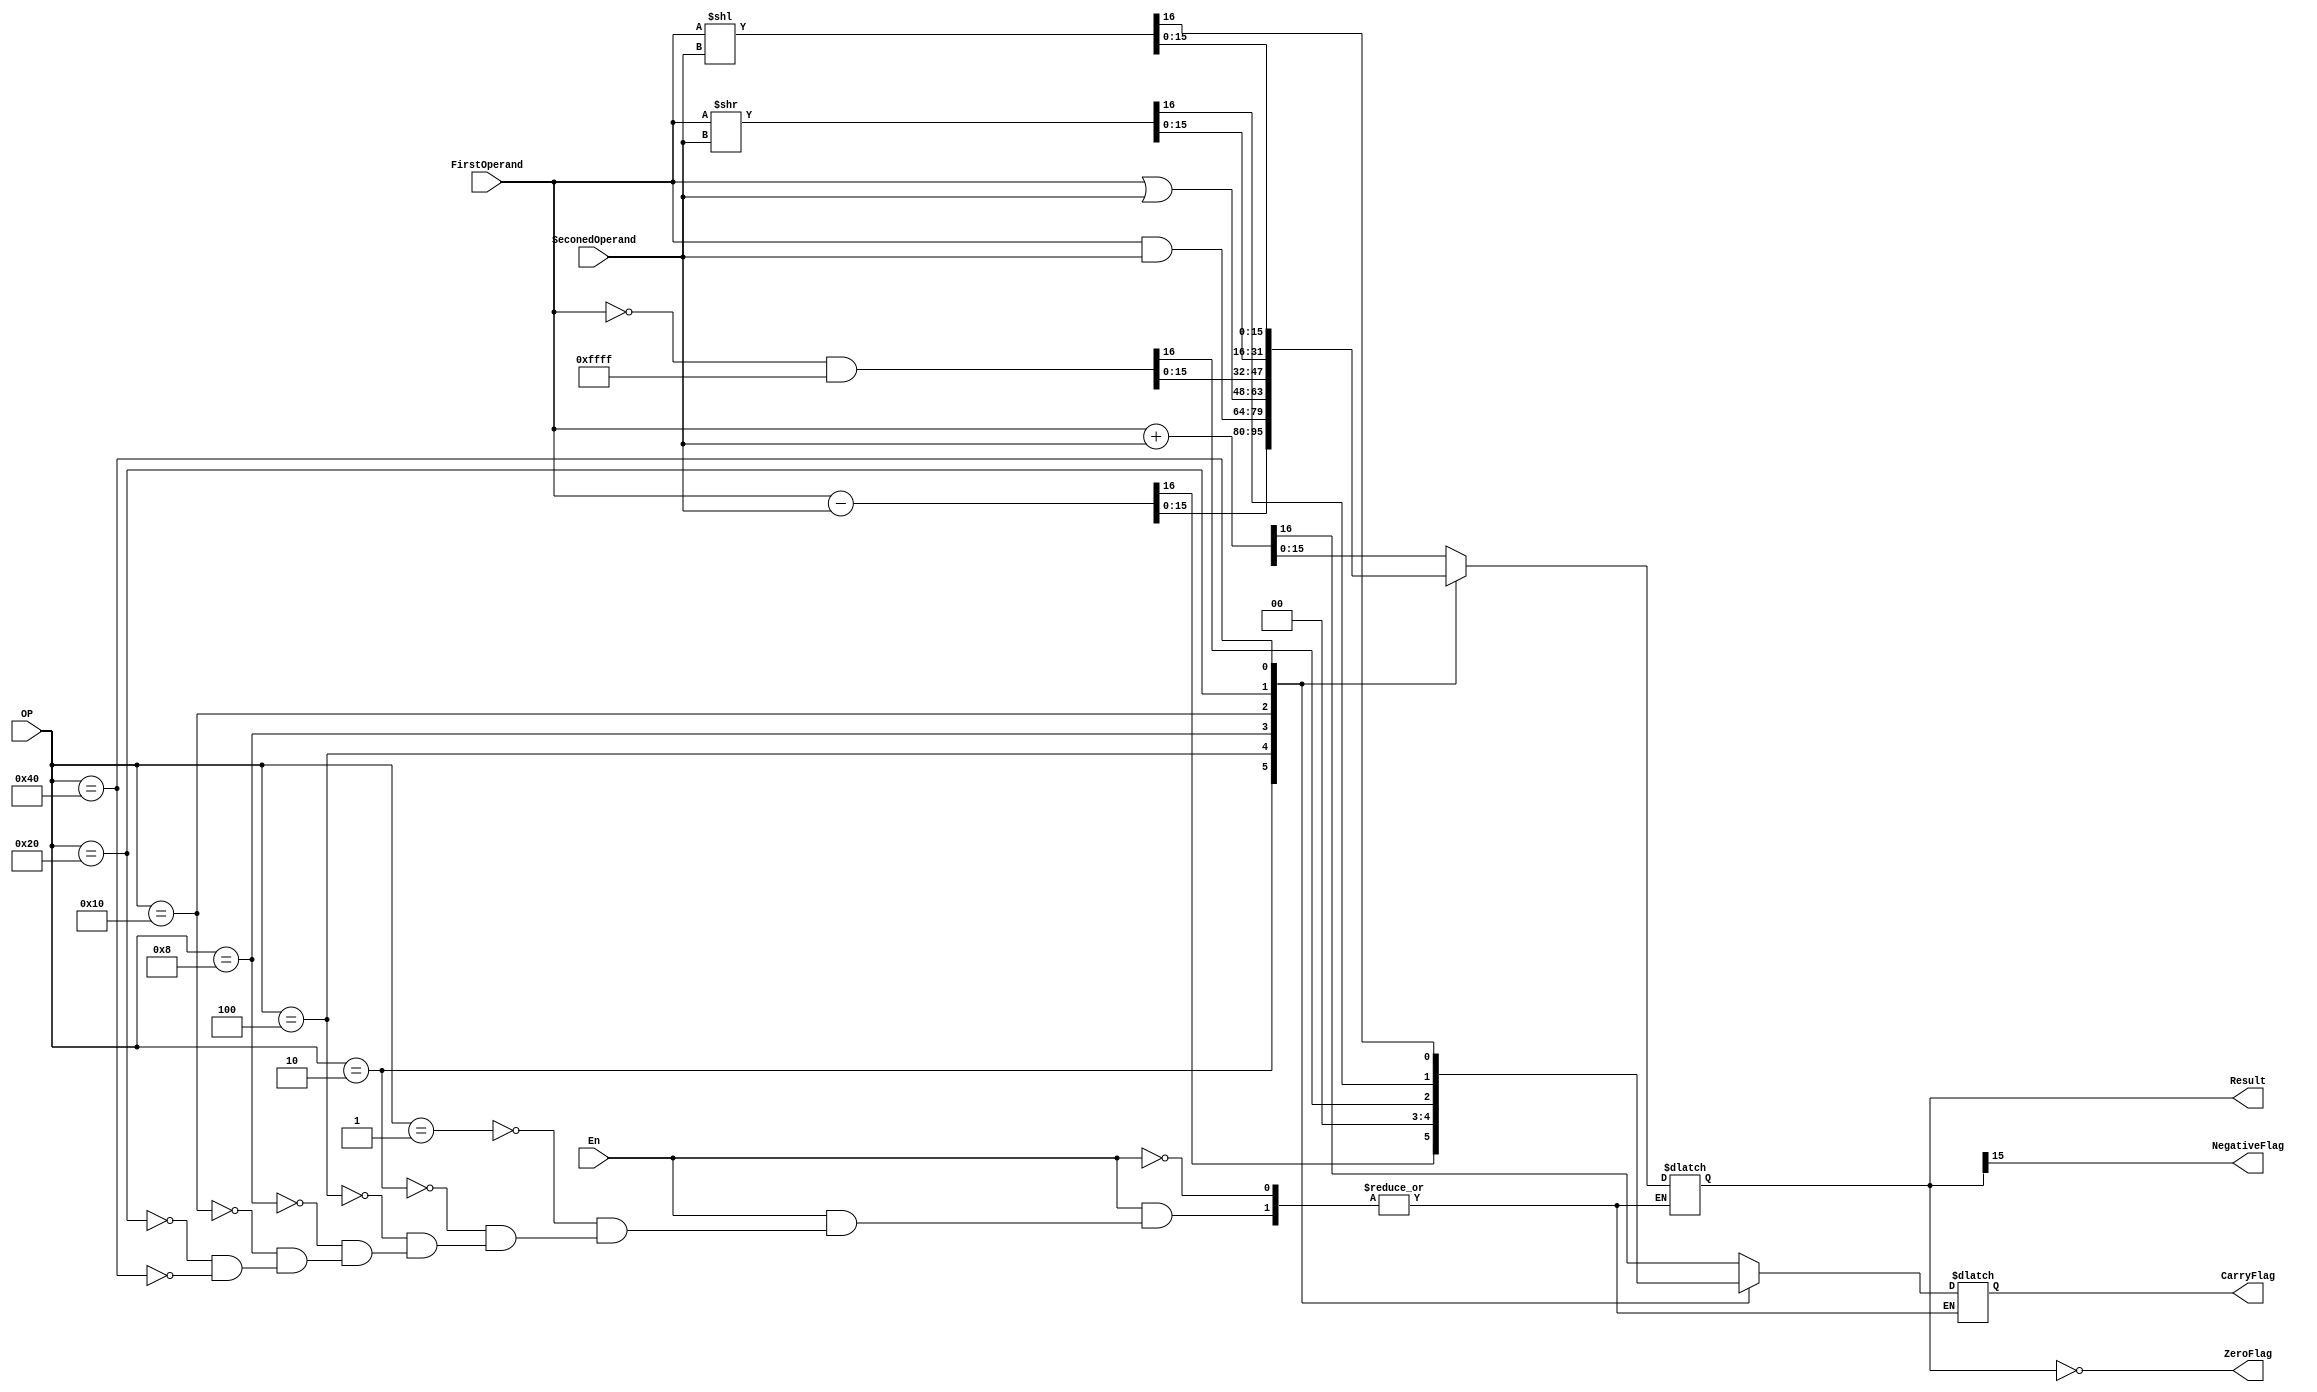
module alu_16bit(
    input[15:0] FirstOperand ,
    input[15:0] SeconedOperand,
    input[6:0] OP, 
    input En,
    output [15:0] Result,
    output ZeroFlag,
    output CarryFlag,
    output NegativeFlag
);
reg [15:0] TempResult;
reg TempBit;
always @(*)begin
    if(En)begin
        case (OP)
        7'b0000_001:{TempBit,TempResult} = FirstOperand + SeconedOperand; 
        7'b0000_010:{TempBit,TempResult} = FirstOperand - SeconedOperand;
        7'b0000_100:{TempBit,TempResult} = FirstOperand & SeconedOperand;
        7'b0001_000:{TempBit,TempResult} = FirstOperand | SeconedOperand;
        7'b0010_000:{TempBit,TempResult} = (~FirstOperand)&17'hFFFF;
        7'b0100_000:{TempBit,TempResult} = FirstOperand >> SeconedOperand;
        7'b1000_000:{TempBit,TempResult} = FirstOperand << SeconedOperand;
        endcase
    end

end


assign ZeroFlag = !Result;
assign Result = TempResult;
assign CarryFlag = TempBit;
assign NegativeFlag = TempResult[15];


endmodule